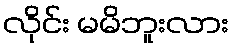
လိုင်း မမိဘူးလား